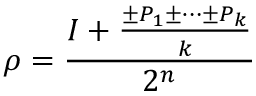
\rho = \frac { I + \frac { \pm P _ { 1 } \pm \cdots \pm P _ { k } } { k } } { 2 ^ { n } }